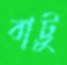
বাট্টু